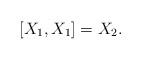
LaTeX: \begin{align*}[X_{1},X_{1}]=X_{2}.\end{align*}